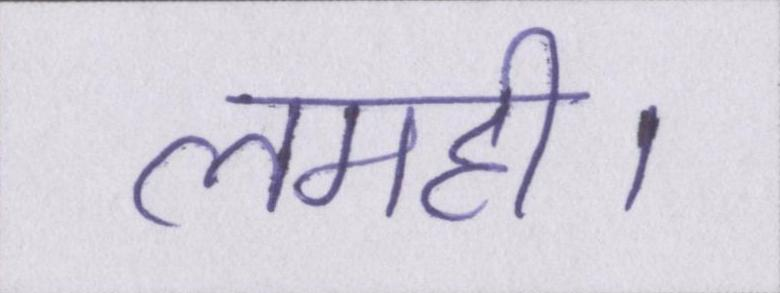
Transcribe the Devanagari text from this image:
लमही।